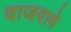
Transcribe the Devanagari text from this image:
वाजवावे